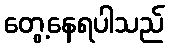
တွေ့နေရပါသည်